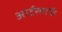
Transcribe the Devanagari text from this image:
आर्टसतर्फे